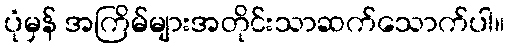
ပုံမှန် အကြိမ်များအတိုင်းသာဆက်သောက်ပါ။